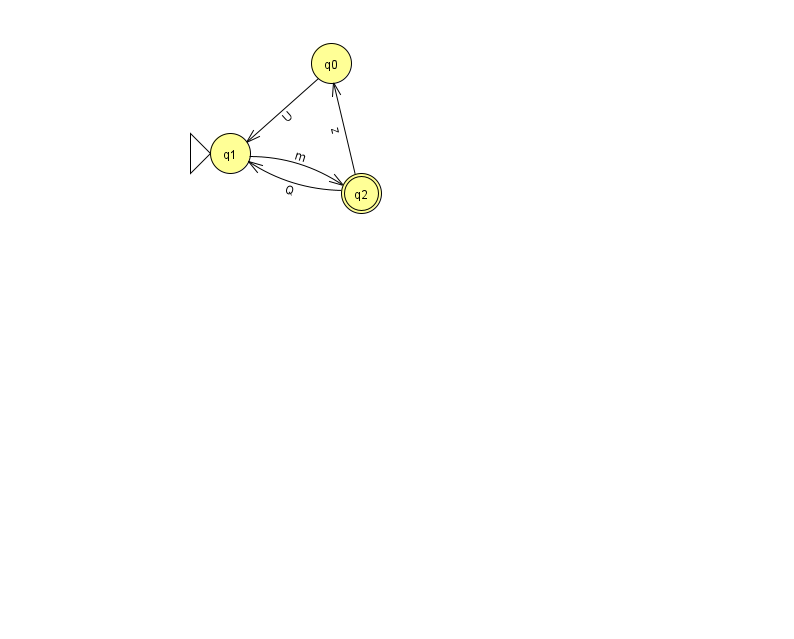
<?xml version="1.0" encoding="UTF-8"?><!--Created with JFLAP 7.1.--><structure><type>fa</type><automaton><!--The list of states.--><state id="0" name="q0"><x>331.0</x><y>50.0</y></state><state id="1" name="q1"><x>230.0</x><y>140.0</y><initial/></state><state id="2" name="q2"><x>361.0</x><y>180.0</y><final/></state><!--The list of transitions.--><transition><from>0</from><to>1</to><read>U</read></transition><transition><from>2</from><to>1</to><read>Q</read></transition><transition><from>2</from><to>0</to><read>z</read></transition><transition><from>1</from><to>2</to><read>m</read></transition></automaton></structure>